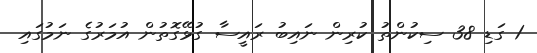
1 ގަޑި 38 ސިކުންތު ކުރިން ނައިބު ރައީސާ ގުޅޭގޮތުން އުމަރުގެ ނަމުގައި